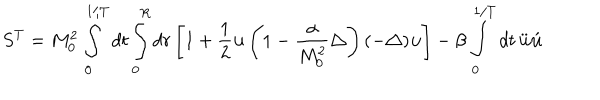
S ^ { T } = M _ { 0 } ^ { 2 } \int _ { 0 } ^ { 1 / T } d t \int _ { 0 } ^ { R } d r \left[ 1 + \frac { 1 } { 2 } { \bf u } \left( 1 - \frac { \alpha } { M _ { 0 } ^ { 2 } } \triangle \right) ( - \triangle ) { \bf u } \right] - \beta \int _ { 0 } ^ { 1 / T } d t \, \ddot { \bf u } \acute { \bf u }